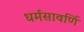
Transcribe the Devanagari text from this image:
धर्मसावर्णि